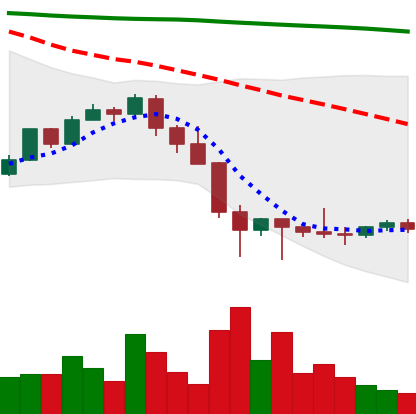
Ticker: LTC-USD
Chart end date: 2022-01-30
Forward return: 11.138%
Label: up_7plus